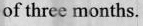
of three months.